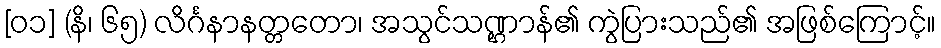
[၀၁] (နိ၊ ၆၅) လိင်္ဂနာနတ္တတော၊ အသွင်သဏ္ဌာန်၏ ကွဲပြားသည်၏ အဖြစ်ကြောင့်။